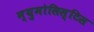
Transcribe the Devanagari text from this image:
न्युमोसिस्टिस